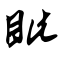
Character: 眦